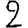
Digit: 2